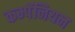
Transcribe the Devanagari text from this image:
कम्पॅनियन